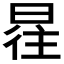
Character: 𰖿